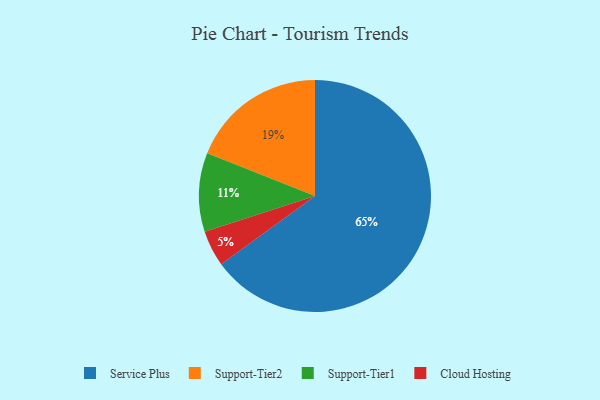
{"axis": {"x": "Category", "y": "Percentage"}, "legend": ["Cloud Hosting", "Service Plus", "Support-Tier1", "Support-Tier2"], "data": [{"x": "Service Plus", "y": 65, "type": "Service Plus"}, {"x": "Support-Tier1", "y": 11, "type": "Support-Tier1"}, {"x": "Cloud Hosting", "y": 5, "type": "Cloud Hosting"}, {"x": "Support-Tier2", "y": 19, "type": "Support-Tier2"}]}